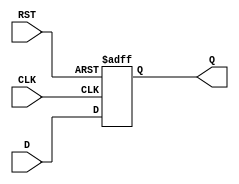
module StoreRegister (
    input wire D,        // Data Input
    input wire CLK,      // Clock
    input wire RST,      // Asynchronous Reset
    output reg Q         // Data Output
);

// Asynchronous Reset and Synchronous Storage
always @(posedge CLK or posedge RST) begin
    if (RST) begin
        Q <= 1'b0;      // Clear the output to 0 on reset
    end else begin
        Q <= D;         // Capture the input data on clock edge
    end
end

endmodule